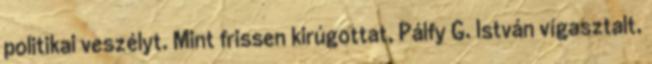
politikai veszélyt. Mint frissen kirúgottat, Pálfy G. István vígasztalt,